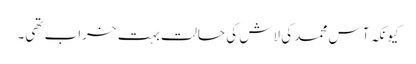
کیونکہ آس محمد کی لاش کی حالت بہت خراب تھی۔